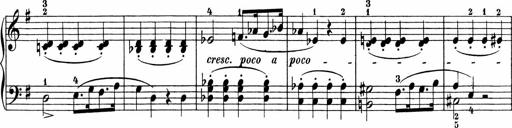
Title: 3 Sonatinas
Composer: Carl Reinecke